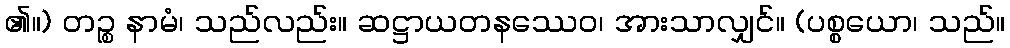
၏။) တဉ္စ နာမံ၊ သည်လည်း။ ဆဋ္ဌာယတနဿေဝ၊ အားသာလျှင်။ (ပစ္စယော၊ သည်။